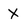
Character: X